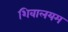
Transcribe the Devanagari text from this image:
शिवालयम